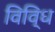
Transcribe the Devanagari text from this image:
विवि्ध